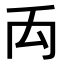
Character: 𥜻